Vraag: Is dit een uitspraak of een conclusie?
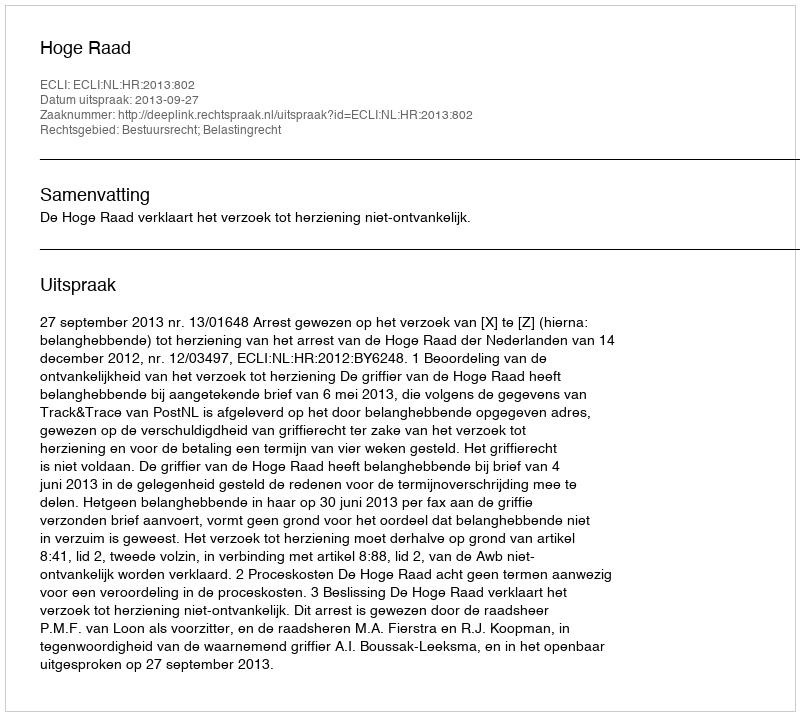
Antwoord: Uitspraak